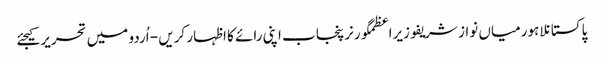
پاکستانلاہورمیاں نواز شریفوزیراعظمگورنرپنجاب اپنی رائے کا اظہار کریں - اُردو میں تحریر کیجئے